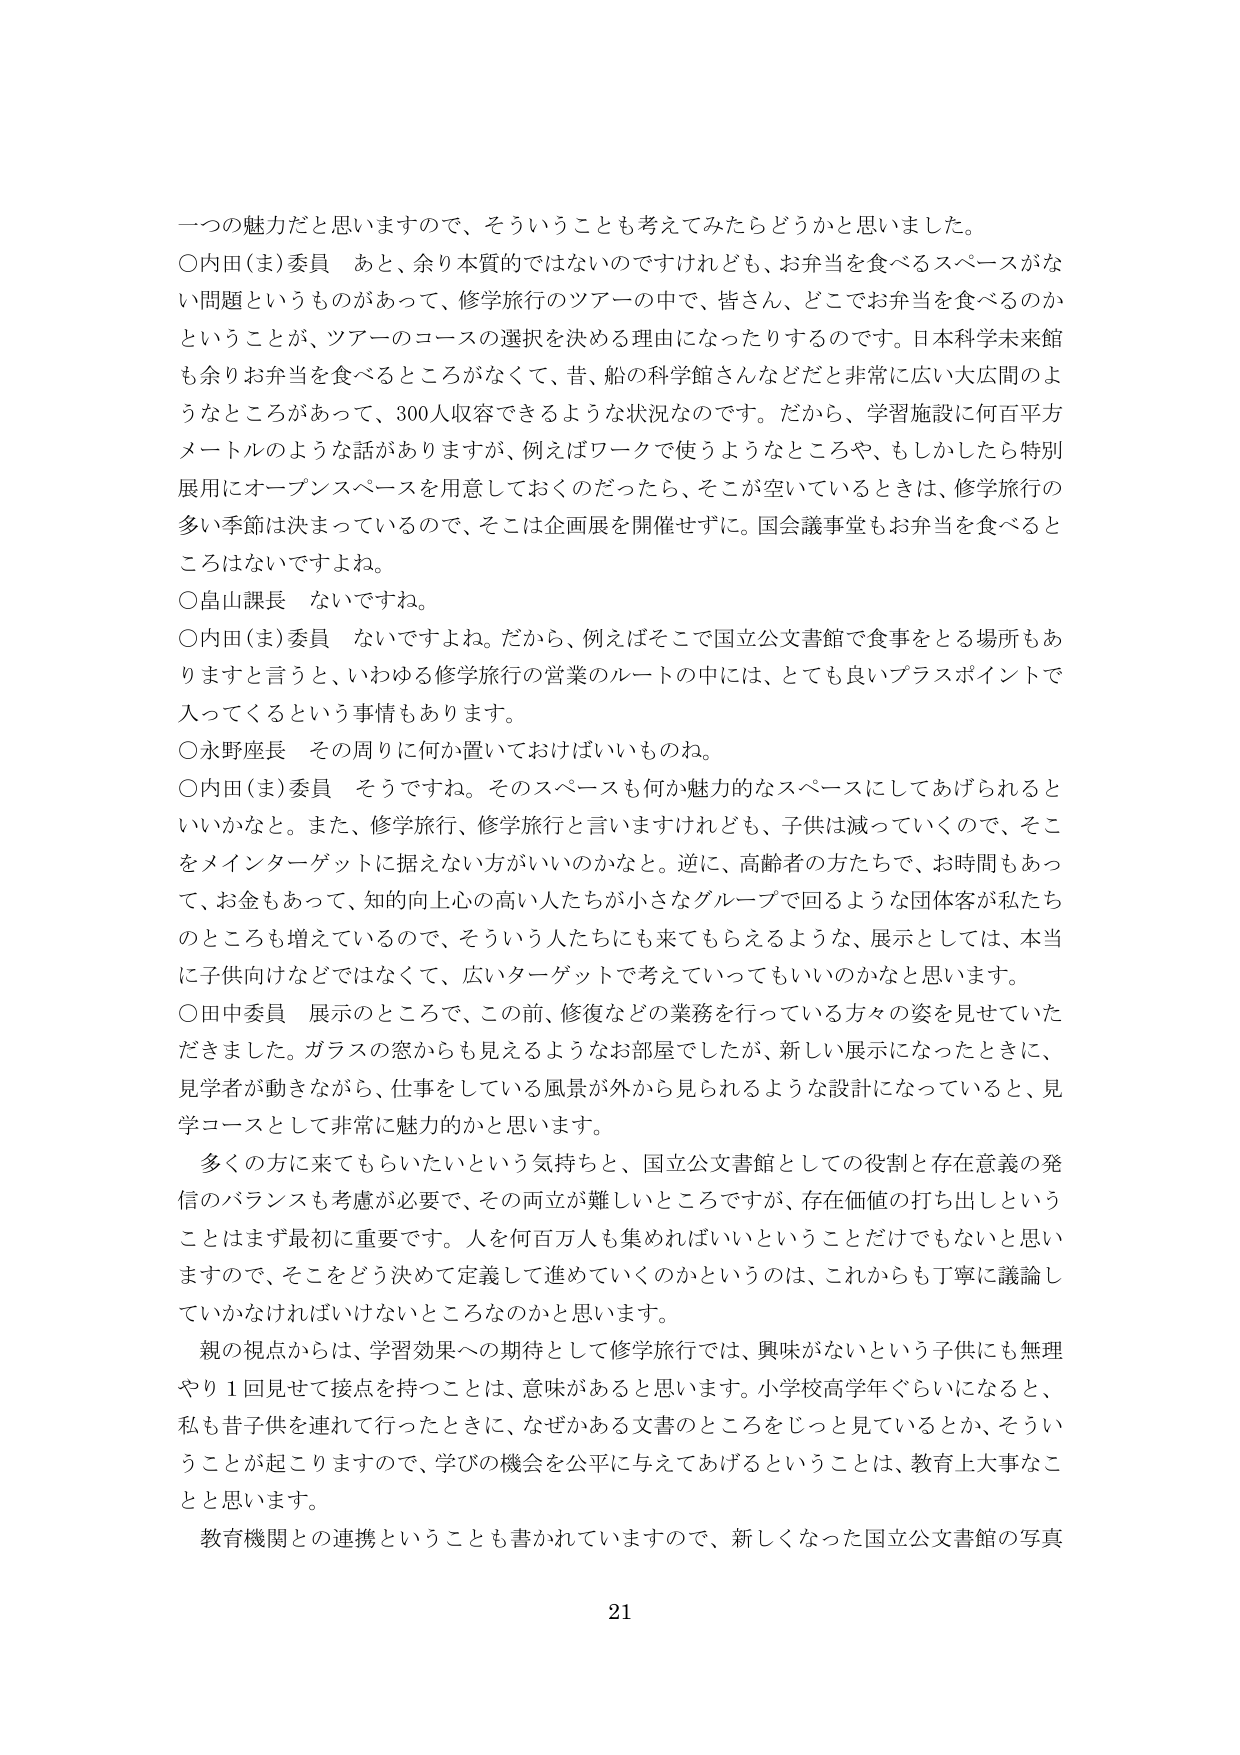
一つの魅力だと思いますので、そういうことも考えてみたらどうかと思いました。

○内田（ま）委員　あと、余り本質ではないのですけれども、お弁当を食べるスペースがない問題というものがあって、修学旅行のツアーの中で、皆さん、どこでお弁当を食べるのかということが、ツアーのコースの選択を決める理由になったりするのです。日本科学未来館も余りお弁当を食べるところがなくて、昔、船の科学館さんなどだと非常に広い大広間のようなところがあって、300人収容できるような状況なのです。だから、学習施設に何百平方メートルのような話がありますが、例えばワークで使うようなところや、もしかしたら特別展用にオープンスペースを用意しておくのだったら、そこが空いているときは、修学旅行の多い季節は決まっているので、そこは企画展を開催せずに。国会議事堂もお弁当を食べるところはないですよね。

○畠山課長　ないですね。

○内田（ま）委員　ないですよね。だから、例えばそこで国立公文書館で食事をする場所もありますと言うと、いわゆる修学旅行の営業のルートの中には、とても良いプラスポイントで入ってくるという事情もあります。

○永野座長　その周りに何か置いておけばいいものね。

○内田（ま）委員　そうですよね。そのスペースも何か魅力的なスペースにしてあげられるといいかなと。また、修学旅行、修学旅行と言いますけれども、子供は減っていくので、そこをメインターゲットに据えない方がいいのかなと。逆に、高齢者の方たちで、お時間もあって、お金もあって、知的向上心の高い人たちが小さなグループで回るような団体客が私たちのところも増えているので、そういう人たちにも来てもらえるような、展示としては、本当に子供向けなどではなくて、広いターゲットで考えていってもいいのかなと思います。

○田中委員　展示のところで、この前、修復などの業務を行っている方々の姿を見せていただきました。ガラスの窓からも見えるようなお部屋でしたが、新しい展示になったときに、見学者が動きながら、仕事をしている風景が外から見られるような設計になっていると、見学コースとして非常に魅力的かと思います。

多くの方に来てもらいたいという気持ちと、国立公文書館としての役割と存在意義の発信のバランスも考慮が必要で、その両立が難しいところですが、存在価値の打ち出しということはまず最初に重要です。人を何百万人も集めればいいということだけでもないと思いますので、そこをどう決めて定義して進めていくのかというのは、これからも丁寧に議論していかなければならないところなのかなと思います。

親の視点からは、学習効果への期待として修学旅行では、興味がないという子供にも無理やり１回見せて接点を持つことは、意味があると思います。小学校高学年ぐらいになると、私も昔子供を連れて行ったときに、なぜかある文書のところをじっと見ているとか、そういうことが起こりますので、学びの機会を公平に与えてあげるということは、教育上大事なことと思います。

教育機関との連携ということも書かれていますので、新しくなった国立公文書館の写真

21